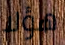
هؤلا